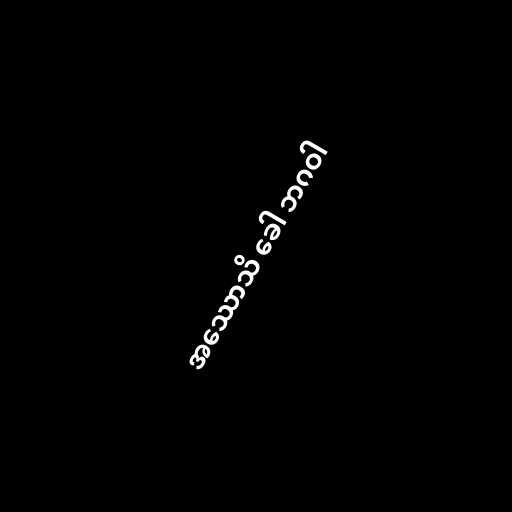
အဿောသိ ခေါ ဘဂဝါ